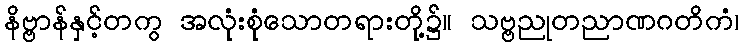
နိဗ္ဗာန်နှင့်တကွ အလုံးစုံသောတရားတို့၌။ သဗ္ဗညုတညာဏဂတိကံ၊